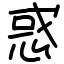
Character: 惑